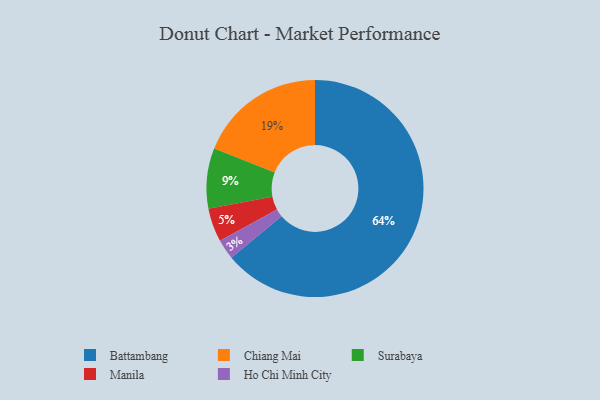
{"axis": {"x": "Category", "y": "Percentage"}, "legend": ["Battambang", "Chiang Mai", "Ho Chi Minh City", "Manila", "Surabaya"], "data": [{"x": "Battambang", "y": 64, "type": "Battambang"}, {"x": "Surabaya", "y": 9, "type": "Surabaya"}, {"x": "Ho Chi Minh City", "y": 3, "type": "Ho Chi Minh City"}, {"x": "Manila", "y": 5, "type": "Manila"}, {"x": "Chiang Mai", "y": 19, "type": "Chiang Mai"}]}